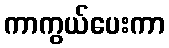
ကာကွယ်ပေးကာ